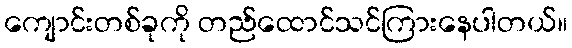
ကျောင်းတစ်ခုကို တည်ထောင်သင်ကြားနေပါတယ်။